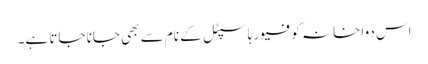
اس دواخانہ کو فیور ہاسپٹل کے نام سے بھی جانا جاتا ہے۔